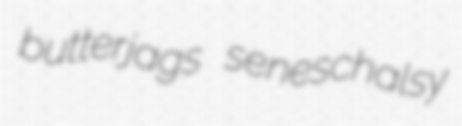
butterjags seneschalsy